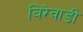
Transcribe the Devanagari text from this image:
बिरेवाडी